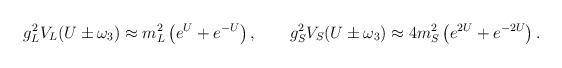
LaTeX: \begin{align*}g^2_LV_L(U\pm\omega_3)\approx m^2_L\left(e^U+e^{-U}\right),\qquad g^2_SV_S(U\pm\omega_3)\approx 4m^2_S\left(e^{2U}+e^{-2U}\right). \end{align*}